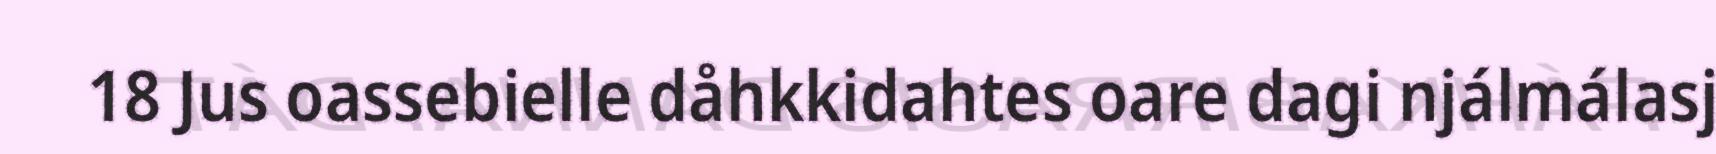
18 Jus oassebielle dåhkkidahtes oare dagi njálmálasj